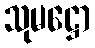
သုမဋ္ဌော